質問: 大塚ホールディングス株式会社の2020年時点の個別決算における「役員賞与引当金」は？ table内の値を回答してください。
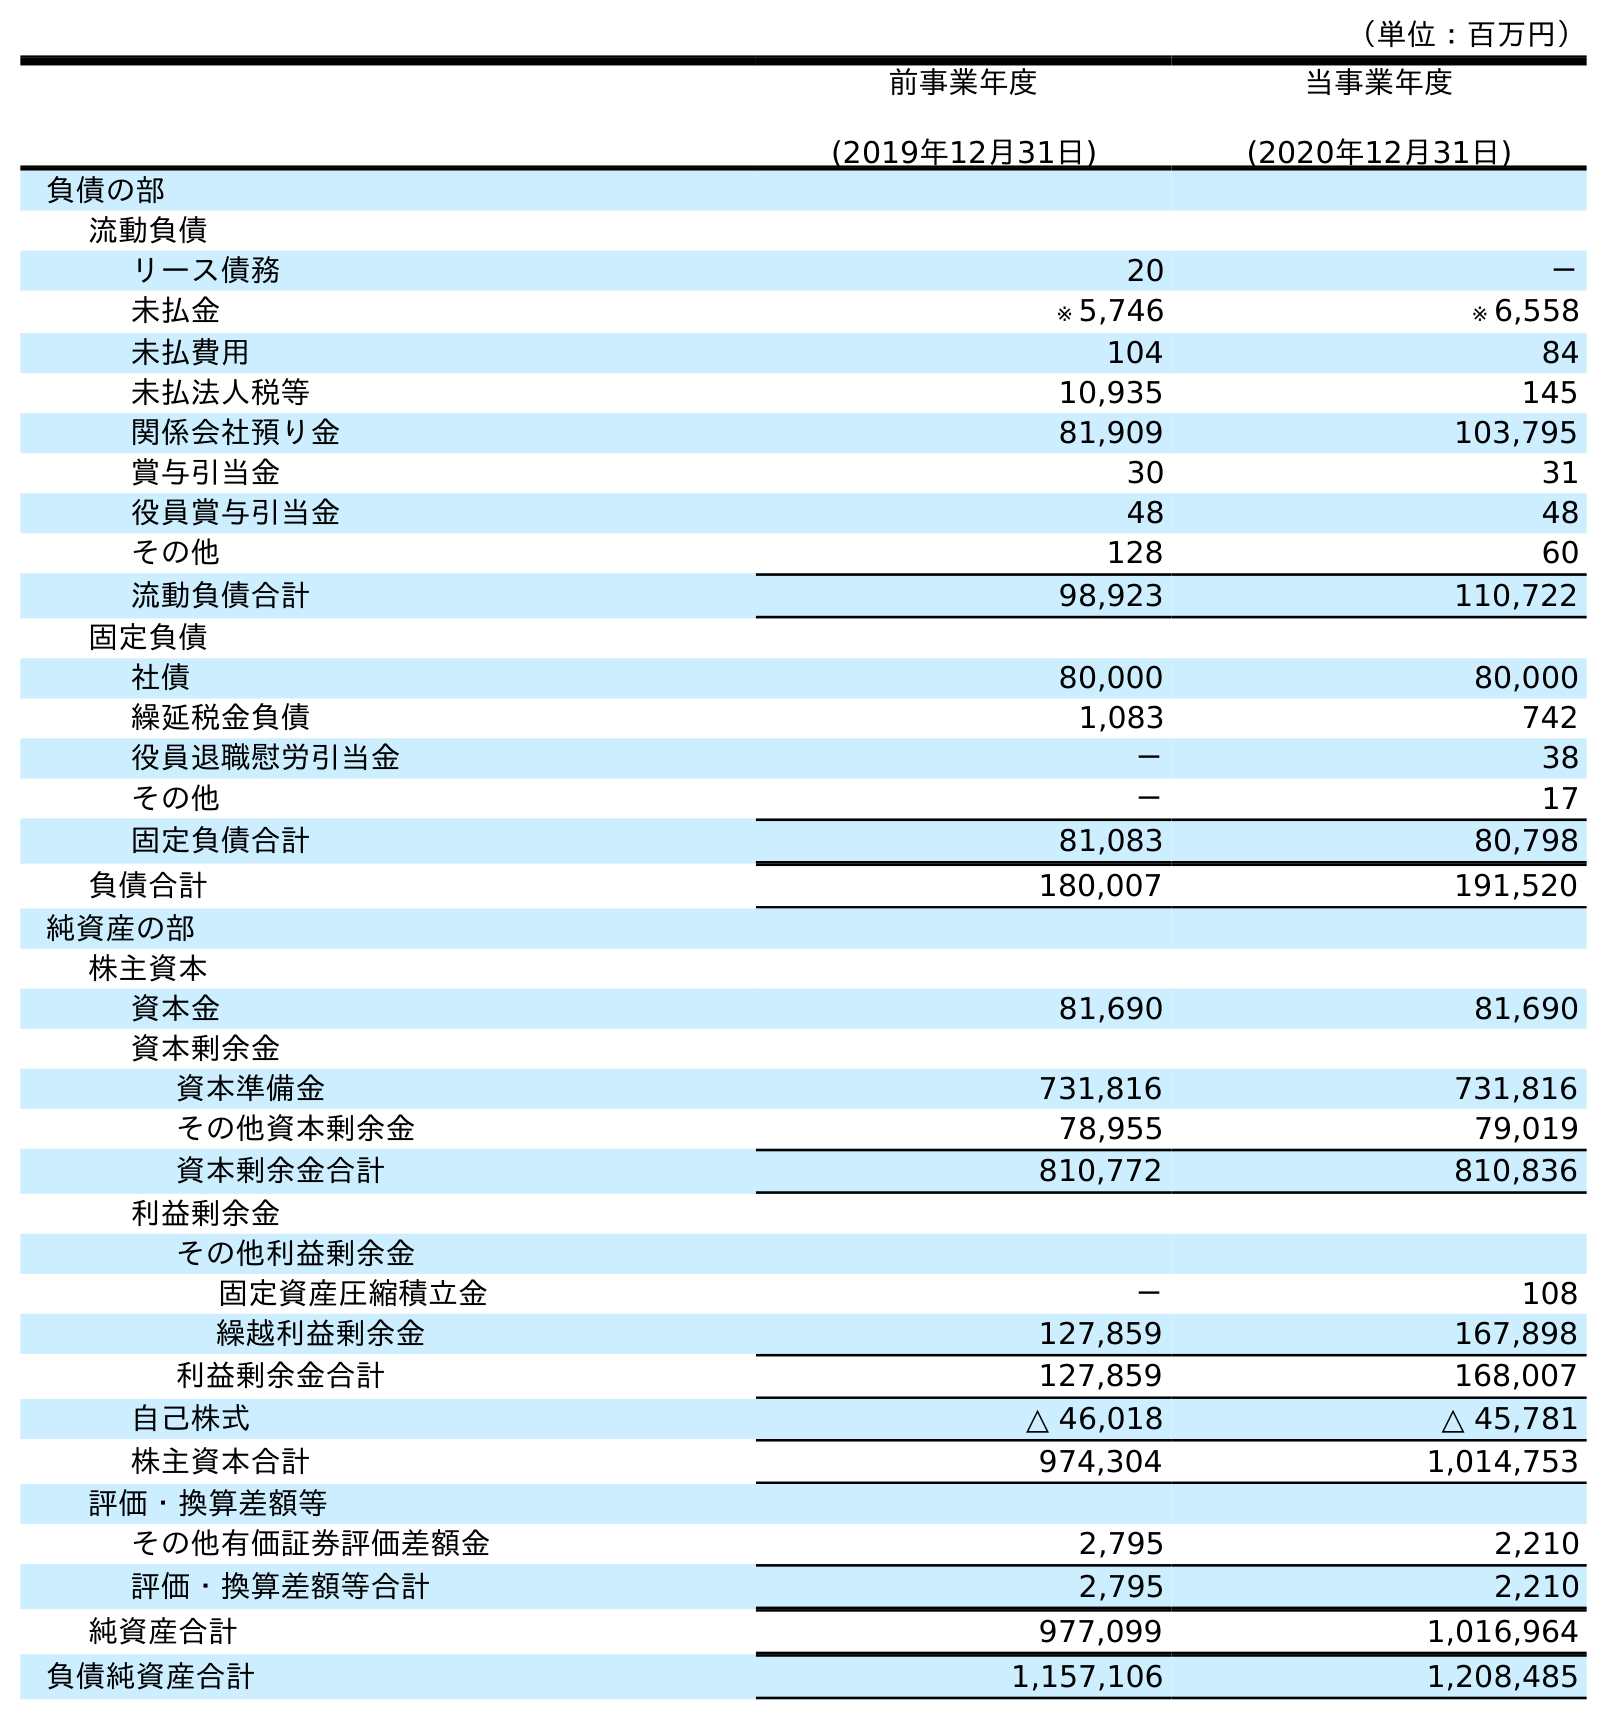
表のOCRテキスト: （単位：百万円） 前事業年度 (2019年12月31日) 当事業年度 (2020年12月31日) 負債の部 流動負債 リース債務 20 － 未払金 ※ 5,746 ※ 6,558 未払費用 104 84 未払法人税等 10,935 145 関係会社預り金 81,909 103,795 賞与引当金 30 31 役員賞与引当金 48 48 その他 128 60 流動負債合計 98,923 110,722 固定負債 社債 80,000 80,000 繰延税金負債 1,083 742 役員退職慰労引当金 － 38 その他 － 17 固定負債合計 81,083 80,798 負債合計 180,007 191,520 純資産の部 株主資本 資本金 81,690 81,690 資本剰余金 資本準備金 731,816 731,816 その他資本剰余金 78,955 79,019 資本剰余金合計 810,772 810,836 利益剰余金 その他利益剰余金 固定資産圧縮積立金 － 108 繰越利益剰余金 127,859 167,898 利益剰余金合計 127,859 168,007 自己株式 △ 46,018 △ 45,781 株主資本合計 974,304 1,014,753 評価・換算差額等 その他有価証券評価差額金 2,795 2,210 評価・換算差額等合計 2,795 2,210 純資産合計 977,099 1,016,964 負債純資産合計 1,157,106 1,208,485
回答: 48